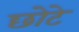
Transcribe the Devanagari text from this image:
छोेटे